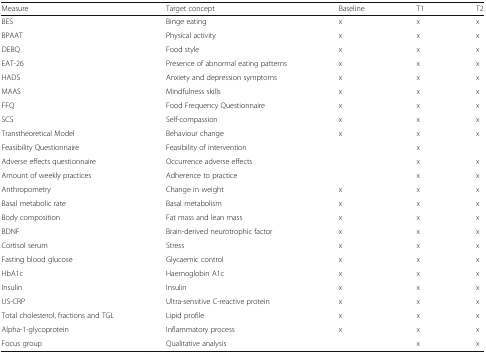
<table><thead><tr><td><b>Measure</b></td><td><b>Target concept</b></td><td><b>Baseline</b></td><td><b>T1</b></td><td><b>T2</b></td></tr></thead><tbody><tr><td>BES</td><td>Binge eating</td><td>x</td><td>x</td><td>x</td></tr><tr><td>BPAAT</td><td>Physical activity</td><td>x</td><td>x</td><td>x</td></tr><tr><td>DEBQ</td><td>Food style</td><td>x</td><td>x</td><td>x</td></tr><tr><td>EAT-26</td><td>Presence of abnormal eating patterns</td><td>x</td><td>x</td><td>x</td></tr><tr><td>HADS</td><td>Anxiety and depression symptoms</td><td>x</td><td>x</td><td>x</td></tr><tr><td>MAAS</td><td>Mindfulness skills</td><td>x</td><td>x</td><td>x</td></tr><tr><td>FFQ</td><td>Food Frequency Questionnaire</td><td>x</td><td>x</td><td>x</td></tr><tr><td>SCS</td><td>Self-compassion</td><td>x</td><td>x</td><td>x</td></tr><tr><td>Transtheoretical Model</td><td>Behaviour change</td><td>x</td><td>x</td><td>x</td></tr><tr><td>Feasibility Questionnaire</td><td>Feasibility of intervention</td><td></td><td>x</td><td></td></tr><tr><td>Adverse effects questionnaire</td><td>Occurrence adverse effects</td><td></td><td>x</td><td>x</td></tr><tr><td>Amount of weekly practices</td><td>Adherence to practice</td><td></td><td>x</td><td>x</td></tr><tr><td>Anthropometry</td><td>Change in weight</td><td>x</td><td>x</td><td>x</td></tr><tr><td>Basal metabolic rate</td><td>Basal metabolism</td><td>x</td><td>x</td><td>x</td></tr><tr><td>Body composition</td><td>Fat mass and lean mass</td><td>x</td><td>x</td><td>x</td></tr><tr><td>BDNF</td><td>Brain-derived neurotrophic factor</td><td>x</td><td>x</td><td>x</td></tr><tr><td>Cortisol serum</td><td>Stress</td><td>x</td><td>x</td><td>x</td></tr><tr><td>Fasting blood glucose</td><td>Glycaemic control</td><td>x</td><td>x</td><td>x</td></tr><tr><td>HbA1c</td><td>Haemoglobin A1c</td><td>x</td><td>x</td><td>x</td></tr><tr><td>Insulin</td><td>Insulin</td><td>x</td><td>x</td><td>x</td></tr><tr><td>US-CRP</td><td>Ultra-sensitive C-reactive protein</td><td>x</td><td>x</td><td>x</td></tr><tr><td>Total cholesterol, fractions and TGL</td><td>Lipid profile</td><td>x</td><td>x</td><td>x</td></tr><tr><td>Alpha-1-glycoprotein</td><td>Inflammatory process</td><td>x</td><td>x</td><td>x</td></tr><tr><td>Focus group</td><td>Qualitative analysis</td><td></td><td>x</td><td>x</td></tr></tbody></table>